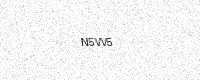
Text: N5VV5